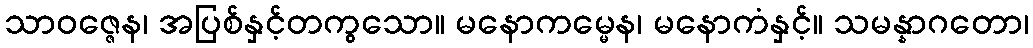
သာဝဇ္ဇေန၊ အပြစ်နှင့်တကွသော။ မနောကမ္မေန၊ မနောကံနှင့်။ သမန္နာဂတော၊